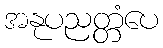
အနုပညတ္တံပေ